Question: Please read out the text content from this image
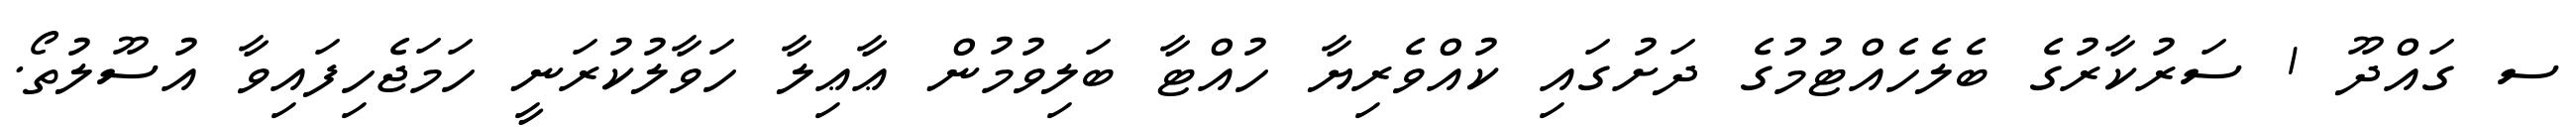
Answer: ސ ގައްދޫ 1 ސަރުކާރުގެ ބެލެހެއްޓުމުގެ ދަށުގައި ކުއްވެރިޔާ ހުއްޓާ ބަލިވުމުން ޢާޢިލާ ހަވާލުކުރަނީ ހަމަޖެހިފައިވާ އުސޫލުތޯ.